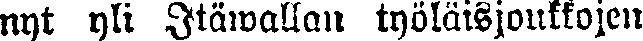
nyt yli Itäwallan työläisjoukkojen